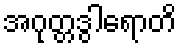
အဂုတ္တဒွါရောတိ